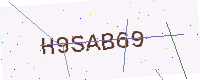
Text: H9SAB69